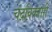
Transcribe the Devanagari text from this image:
चंद्रविकासी